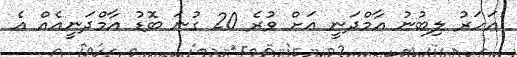
އަހަރު ލިބުނު އާމްދަނީ އަށް ވުރެ 20 ގުނަ ބޮޑު އާމްދަނީއެއް އެ